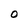
Character: 0